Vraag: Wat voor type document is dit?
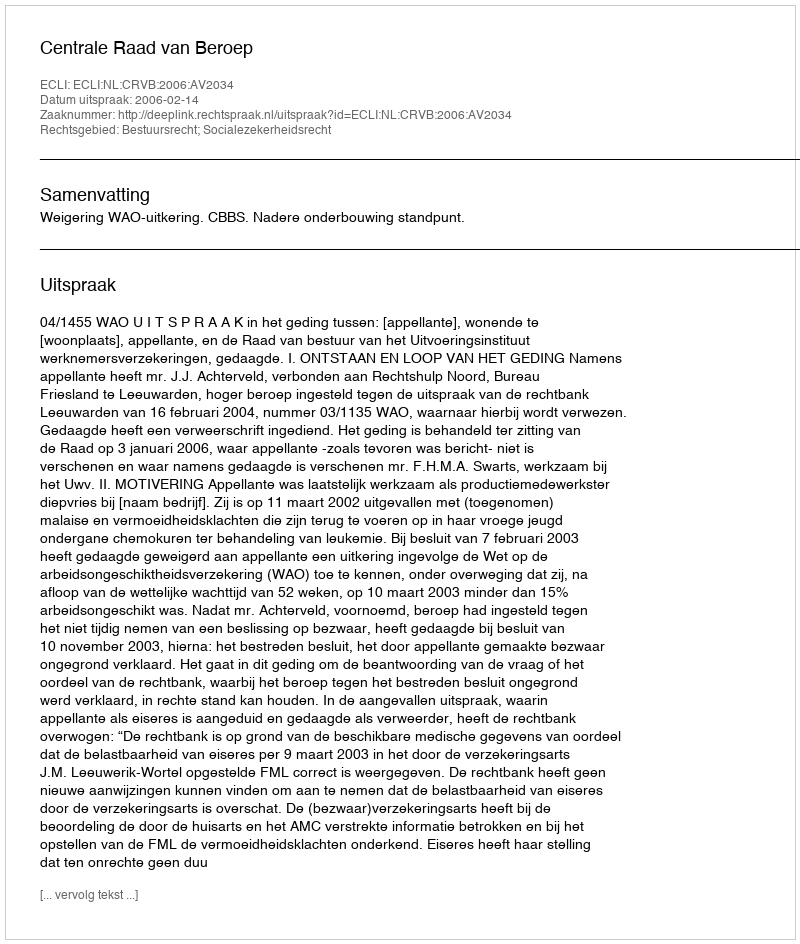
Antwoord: Uitspraak